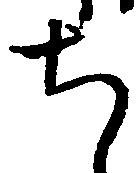
ち